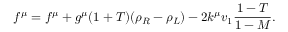
f ^ { \mu } = f ^ { \mu } + g ^ { \mu } ( 1 + T ) ( \rho _ { R } - \rho _ { L } ) - 2 k ^ { \mu } v _ { 1 } \frac { 1 - T } { 1 - M } .